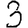
Digit: 3